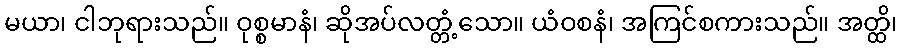
မယာ၊ ငါဘုရားသည်။ ဝုစ္စမာနံ၊ ဆိုအပ်လတ္တံ့သော။ ယံဝစနံ၊ အကြင်စကားသည်။ အတ္ထိ၊